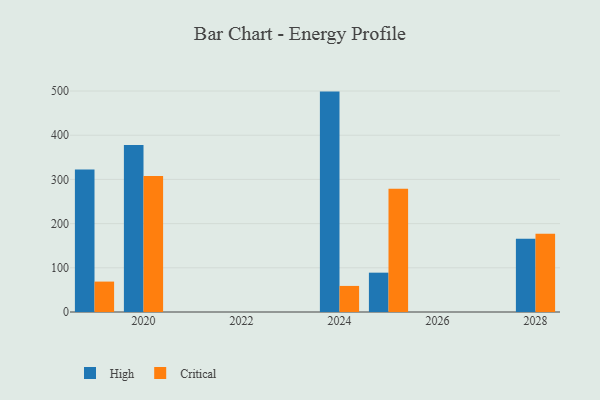
{"axis": {"x": "Year", "y": "Page Views"}, "legend": ["Critical", "High"], "data": [{"x": "2024", "y": 498.7, "type": "High"}, {"x": "2024", "y": 59.0, "type": "Critical"}, {"x": "2019", "y": 322.2, "type": "High"}, {"x": "2019", "y": 68.8, "type": "Critical"}, {"x": "2028", "y": 165.8, "type": "High"}, {"x": "2028", "y": 176.9, "type": "Critical"}, {"x": "2020", "y": 378.1, "type": "High"}, {"x": "2020", "y": 307.8, "type": "Critical"}, {"x": "2025", "y": 89.0, "type": "High"}, {"x": "2025", "y": 278.6, "type": "Critical"}]}